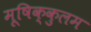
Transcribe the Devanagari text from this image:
मूषिक्कुलम